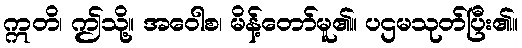
ဣတိ၊ ဤသို့။ အဝေါစ၊ မိန့်တော်မူ၏။ ပဌမသုတ်ပြီး၏။